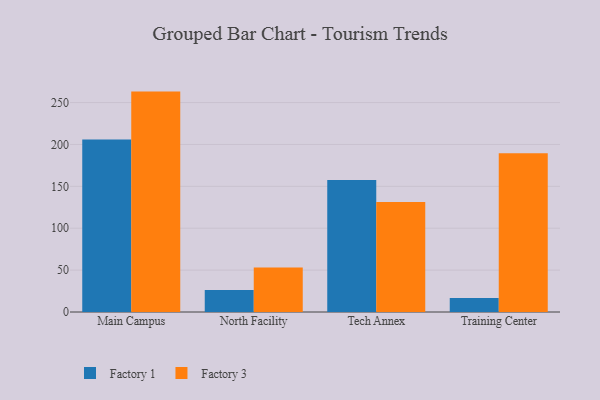
{"axis": {"x": "Campus", "y": "Backlog"}, "legend": ["Factory 1", "Factory 3"], "data": [{"x": "Main Campus", "y": 205.8, "type": "Factory 1"}, {"x": "Main Campus", "y": 263.1, "type": "Factory 3"}, {"x": "North Facility", "y": 26.2, "type": "Factory 1"}, {"x": "North Facility", "y": 53.1, "type": "Factory 3"}, {"x": "Tech Annex", "y": 157.6, "type": "Factory 1"}, {"x": "Tech Annex", "y": 131.2, "type": "Factory 3"}, {"x": "Training Center", "y": 16.8, "type": "Factory 1"}, {"x": "Training Center", "y": 189.4, "type": "Factory 3"}]}